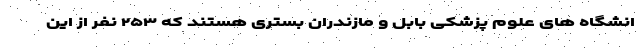
انشگاه های علوم پزشکی بابل و مازندران بستری هستند که ۲۵۳ نفر از این